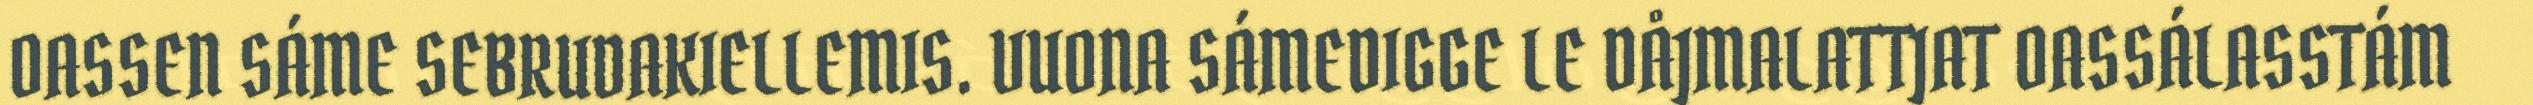
OASSEN SÁME SEBRUDAKIELLEMIS. VUONA SÁMEDIGGE LE DÅJMALATTJAT OASSÁLASSTÁM